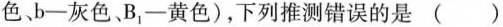
色、b-灰色、B_{1}-黄色)，下列推测错误的是()